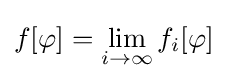
f[\varphi ]=\lim _{i\to \infty }f_{i}[\varphi ]